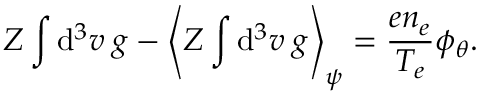
Z \int \mathrm { d } ^ { 3 } v \: g - \Bigg \langle Z \int \mathrm { d } ^ { 3 } v \: g \Bigg \rangle _ { \psi } = \frac { e n _ { e } } { T _ { e } } \phi _ { \theta } .